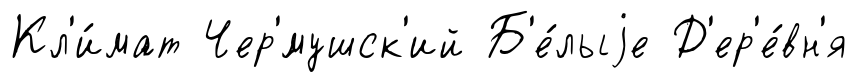
Кл'и́мат Чер'́мушск'ий Б'е́лыjе Д'ер'е́вн'я